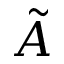
\tilde { A }